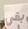
بض